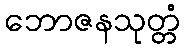
ဘောဇနသုတ္တံ